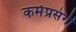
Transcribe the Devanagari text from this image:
कर्मप्रसंगीं